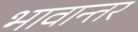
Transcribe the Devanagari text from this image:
भावान्तर